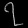
Digit: ၇